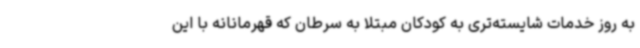
به روز خدمات شایسته‌تری به کودکان مبتلا به سرطان که قهرمانانه با این